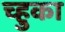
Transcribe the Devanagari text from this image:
च्हुका